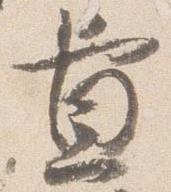
置